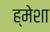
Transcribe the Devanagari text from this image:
ह्मेशा